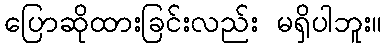
ပြောဆိုထားခြင်းလည်း မရှိပါဘူး။